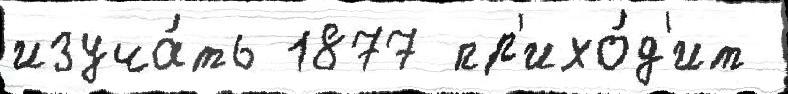
изуча́ть 1877 пр'ихо́д'ит